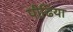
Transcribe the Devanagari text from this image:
पीढि़या